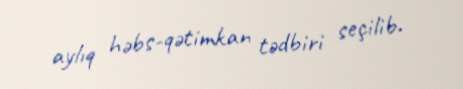
aylıq həbs-qətimkan tədbiri seçilib.